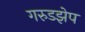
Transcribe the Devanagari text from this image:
गरुडझेप